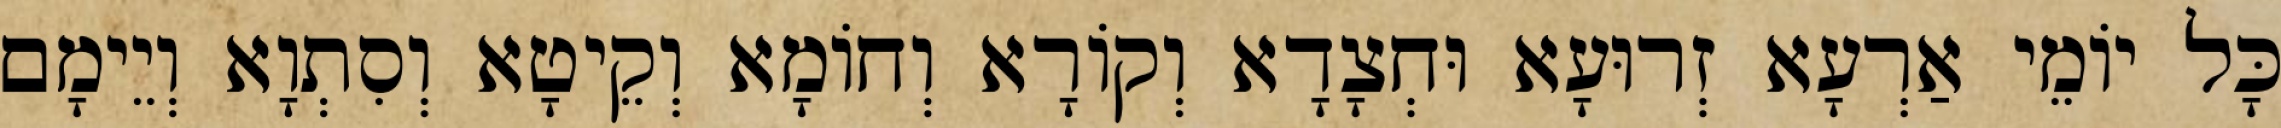
כָּל יוֹמֵי אַרְעָא זְרוּעָא וּחְצָדָא וְקוֹרָא וְחוֹמָא וְקֵיטָא וְסִתְוָא וְיֵימָם